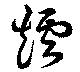
爐